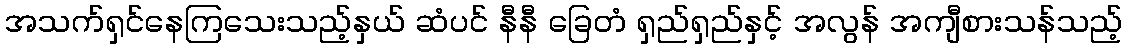
အသက်ရှင်နေကြသေးသည့်နှယ် ဆံပင် နီနီ ခြေတံ ရှည်ရှည်နှင့် အလွန် အကျီစားသန်သည့်